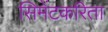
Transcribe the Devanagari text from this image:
सिमेंटकरिता